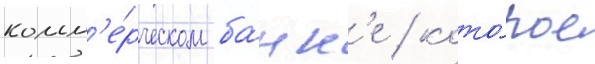
комм'е́рческом ба́нк'е / кото́рое